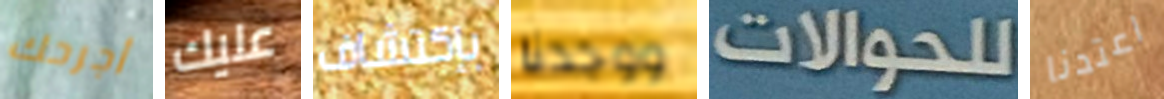
أجرحك عليك بإكتشاف ووجدنا للحوالات اعتدنا